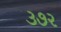
૩૭૨